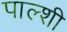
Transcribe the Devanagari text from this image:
पाल्शी